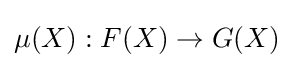
\mu (X):F(X)\to G(X)